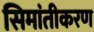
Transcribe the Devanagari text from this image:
सिमांतीकरण